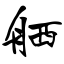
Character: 舾